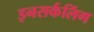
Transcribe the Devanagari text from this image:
इनसर्कलिंग